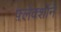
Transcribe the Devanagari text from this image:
फ़्लेक्शॉने